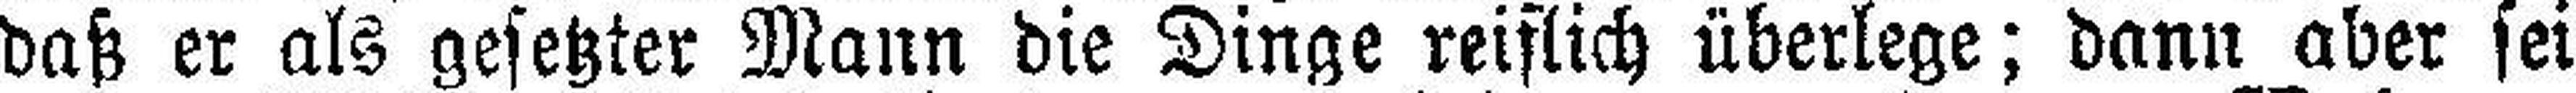
daß er als gesetzter Mann die Dinge reiflich überlege; dann aber sei